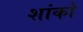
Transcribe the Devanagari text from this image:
शांको